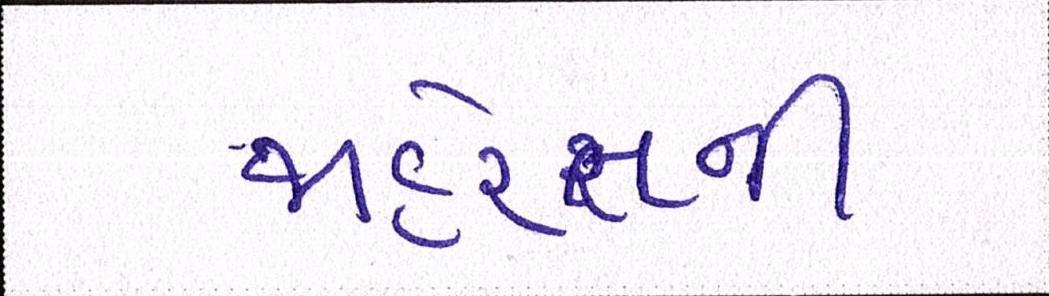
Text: જાહેરાતની